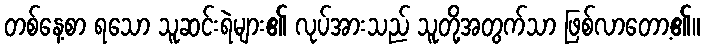
တစ်နေ့စာ ရသော သူဆင်းရဲများ၏ လုပ်အားသည် သူတို့အတွက်သာ ဖြစ်လာတော့၏။